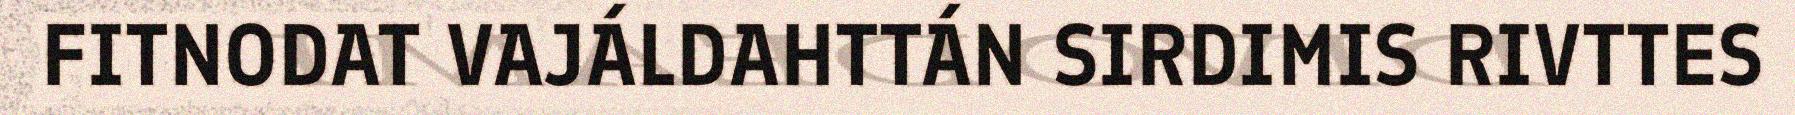
FITNODAT VAJÁLDAHTTÁN SIRDIMIS RIVTTES